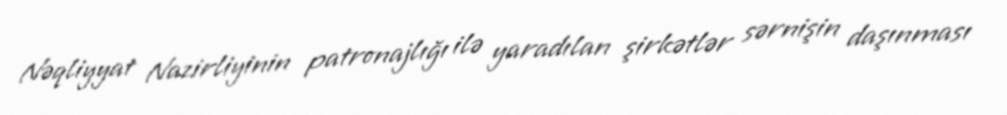
Nəqliyyat Nazirliyinin patronajlığı ilə yaradılan şirkətlər sərnişin daşınması